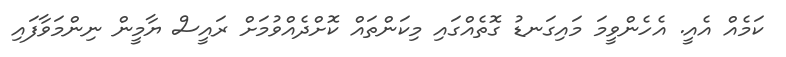
ކަމެއް އެއީ. އެހެންވީމަ މައިގަނޑު ގޮތެއްގައި މިކަންތައް ކޮށްދެއްވުމަށް ރައީސް ޔާމީން ނިންމަވާފައި